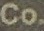
Co.